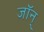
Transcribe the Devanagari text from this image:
जॉन्